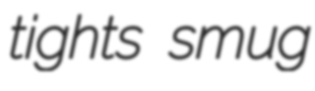
tights smug